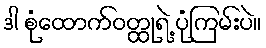
ဒါ စုံထောက်ဝတ္ထုရဲ့ ပုံကြမ်းပဲ။